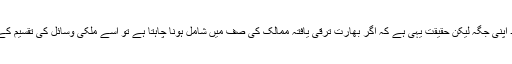
ان لوگوں کے مذہبی عقائد اپنی جگہ لیکن حقیقت یہی ہے کہ اگر بھارت ترقی یافتہ ممالک کی صف میں شامل ہونا چاہتا ہے تو اسے ملکی وسائل کی تقسیم کے نظام کو بہتر بنانا ہوگا ۔